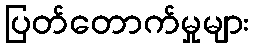
ပြတ်တောက်မှုများ